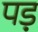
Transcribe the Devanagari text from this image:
पड़़